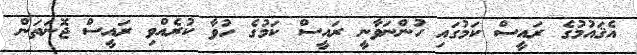
އެޤައުމުގެ ރައީސް ކަމުގައި ހުންނަވާނީ ރައީސް ކަމުގެ ހުވާ ކުރެއްވި ރައީސް ޖޮނަތަން